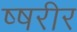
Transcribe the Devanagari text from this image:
ष्षरीर